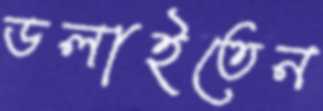
ডলাইতেন